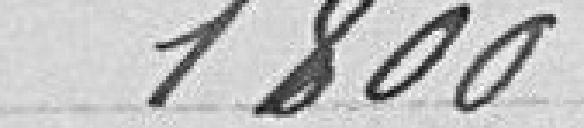
1800